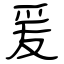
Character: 爰